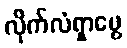
လိုက်လံရှာဖွေ